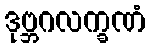
ဒုဗ္ဘဂလက္ခဏံ